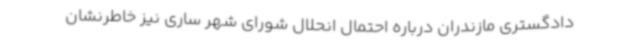
دادگستری مازندران درباره احتمال انحلال شورای شهر ساری نیز خاطرنشان